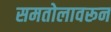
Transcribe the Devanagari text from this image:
समतोलावरून